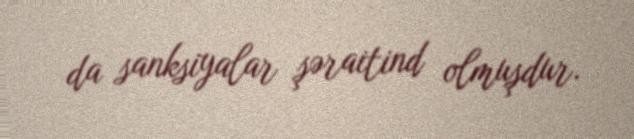
da sanksiyalar şəraitind olmuşdur.